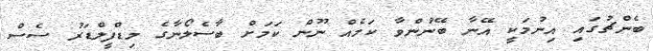
ބެންޗުގައި އިނުމަކީ އޭނާ ބޭނުންވާ ކަމެއް ނޫން ކަމަށް ބާސެލޯނާގެ މިޑްފީލްޑަރު ސެސް